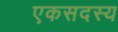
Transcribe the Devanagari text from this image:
एकसदस्य